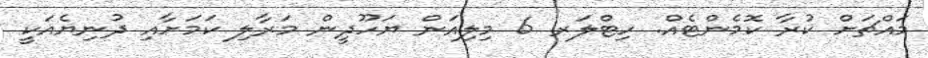
މައްޗަށް ކުރާ ކޮމެންޓެއް. ހިޓްލަރ 6 މިލިއަން ޔަހޫދީން މަރާލި ކަމަށާއި ދުނިޔެއަކީ